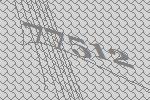
77512